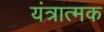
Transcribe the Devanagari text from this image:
यंत्रात्मक